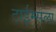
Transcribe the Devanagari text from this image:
टाईम्सला